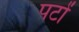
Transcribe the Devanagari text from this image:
पटों